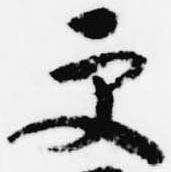
更